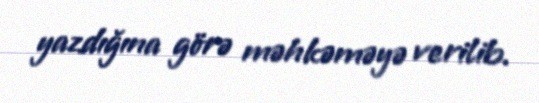
yazdığına görə məhkəməyə verilib.